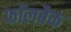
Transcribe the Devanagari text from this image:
फॉलबैक